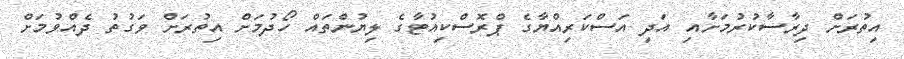
އިތުރަށް ދިރާސާކުރުމަށާއި އަދި އަސްކަރިއްޔާގެ ޕްރޮސްކިއުޓާގެ ލިޔުންތައް ހޯދުމަށް އިތުރަށް ވަގުތު ދެއްވުމަށް